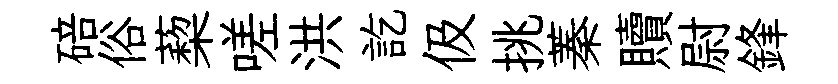
碚俗蔾嗟洪訖伋挑蓁贖尉鋒